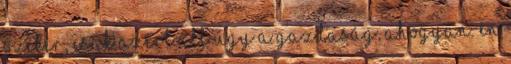
szekér, csak azért áll úgy a gazdaság, ahogyan. Én